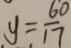
y = \frac { 6 0 } { 1 7 }